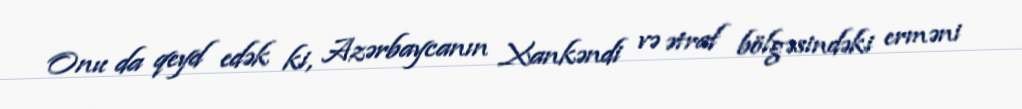
Onu da qeyd edək ki, Azərbaycanın Xankəndi və ətraf bölgəsindəki erməni